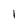
Character: l